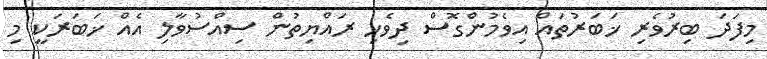
މިފަދަ ބިރުވެރި ޚަބަރުތައް އިވެމުންގޮސް ދިވެހި ރައްޔިތުން ސިއްސުވާލި އެއް ޚަބަރަކީ މި